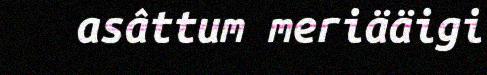
asâttum meriääigi